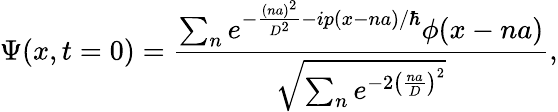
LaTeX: \Psi(x,t=0)=\frac{\sum_{n}e^{-\frac{(na)^{2}}{D^{2}}-ip(x-na)/\hbar}\phi(x-na)}{\sqrt{\sum_{n}e^{-2\left(\frac{na}{D}\right)^{2}}}},